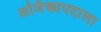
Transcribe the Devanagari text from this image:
अजिंक्यपदाला